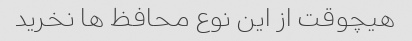
هیچوقت از این نوع محافظ ها نخرید